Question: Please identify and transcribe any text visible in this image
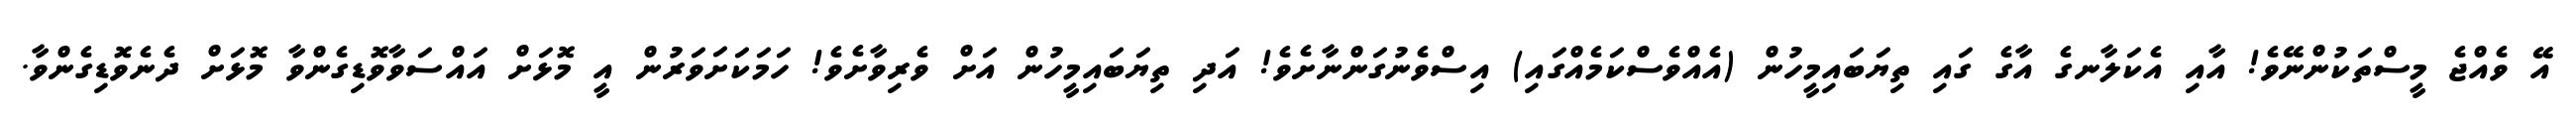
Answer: އޭ ވެއްޖެ މީސްތަކުންނޭވެ! އާއި އެކަލާނގެ އާގެ ގައި ތިޔަބައިމީހުން (އެއްވެސްކަމެއްގައި) އިސްވެނުގަންނާށެވެ! އަދި ތިޔަބައިމީހުން އަށް ވެރިވާށެވެ! ހަމަކަށަވަރުން އީ މޮޅަށް އައްސަވާވޮޑިގެންވާ މޮޅަށް ދެނެވޮޑިގެންވާ.